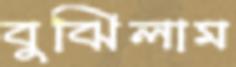
বুঝিলাম